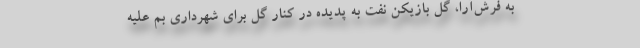
به فرش‌آرا، گل بازیکن نفت به پدیده در کنار گل برای شهرداری بم علیه